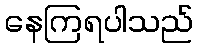
နေကြရပါသည်